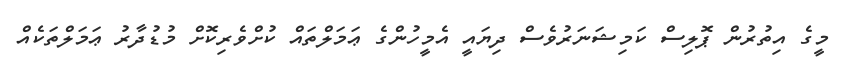
މީގެ އިތުރުން ޕޮލިސް ކަމިޝަނަރުވެސް ދިޔައީ އެމީހުންގެ ޢަމަލްތައް ކުށްވެރިކޮށް މުޑުދާރު ޢަމަލްތަކެއް